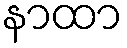
နာထာ